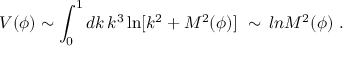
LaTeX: V ( \phi ) \sim \int _ { 0 } ^ { 1 } d k \, k ^ { 3 } \ln [ k ^ { 2 } + M ^ { 2 } ( \phi ) ] \ \sim \, l n M ^ { 2 } ( \phi ) \ .